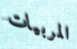
المربيات